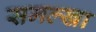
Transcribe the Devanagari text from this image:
समल्खा